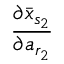
\frac { \partial \bar { x } _ { s _ { 2 } } } { \partial a _ { r _ { 2 } } }